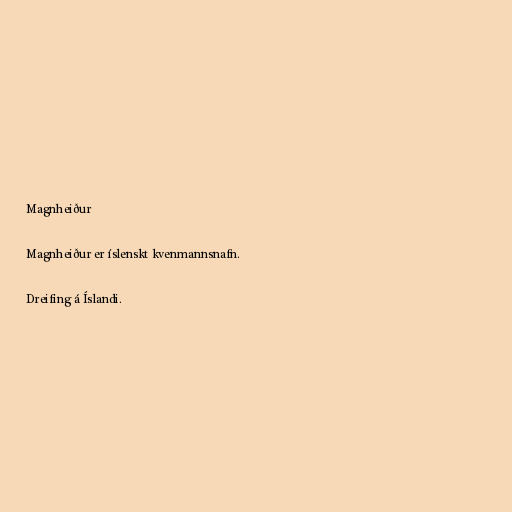
Magnheiður

Magnheiður er íslenskt kvenmannsnafn.

Dreifing á Íslandi.